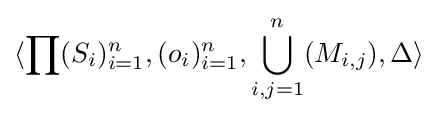
\langle \prod (S_{i})_{i=1}^{n},(o_{i})_{i=1}^{n},\bigcup _{i,j=1}^{n}(M_{i,j}),\Delta \rangle